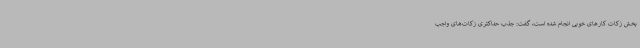
بخش زکات کارهای خوبی انجام شده است، گفت: جذب حداکثری زکات‌های واجب